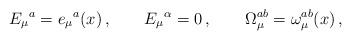
LaTeX: \begin{align*}E_\mu{}^a = e_\mu{}^a(x)\,,\qquad E_\mu{}^\alpha = 0\,,\qquad\Omega_\mu^{ab}=\omega^{ab}_\mu(x)\,,\end{align*}